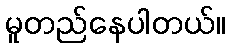
မူတည်နေပါတယ်။